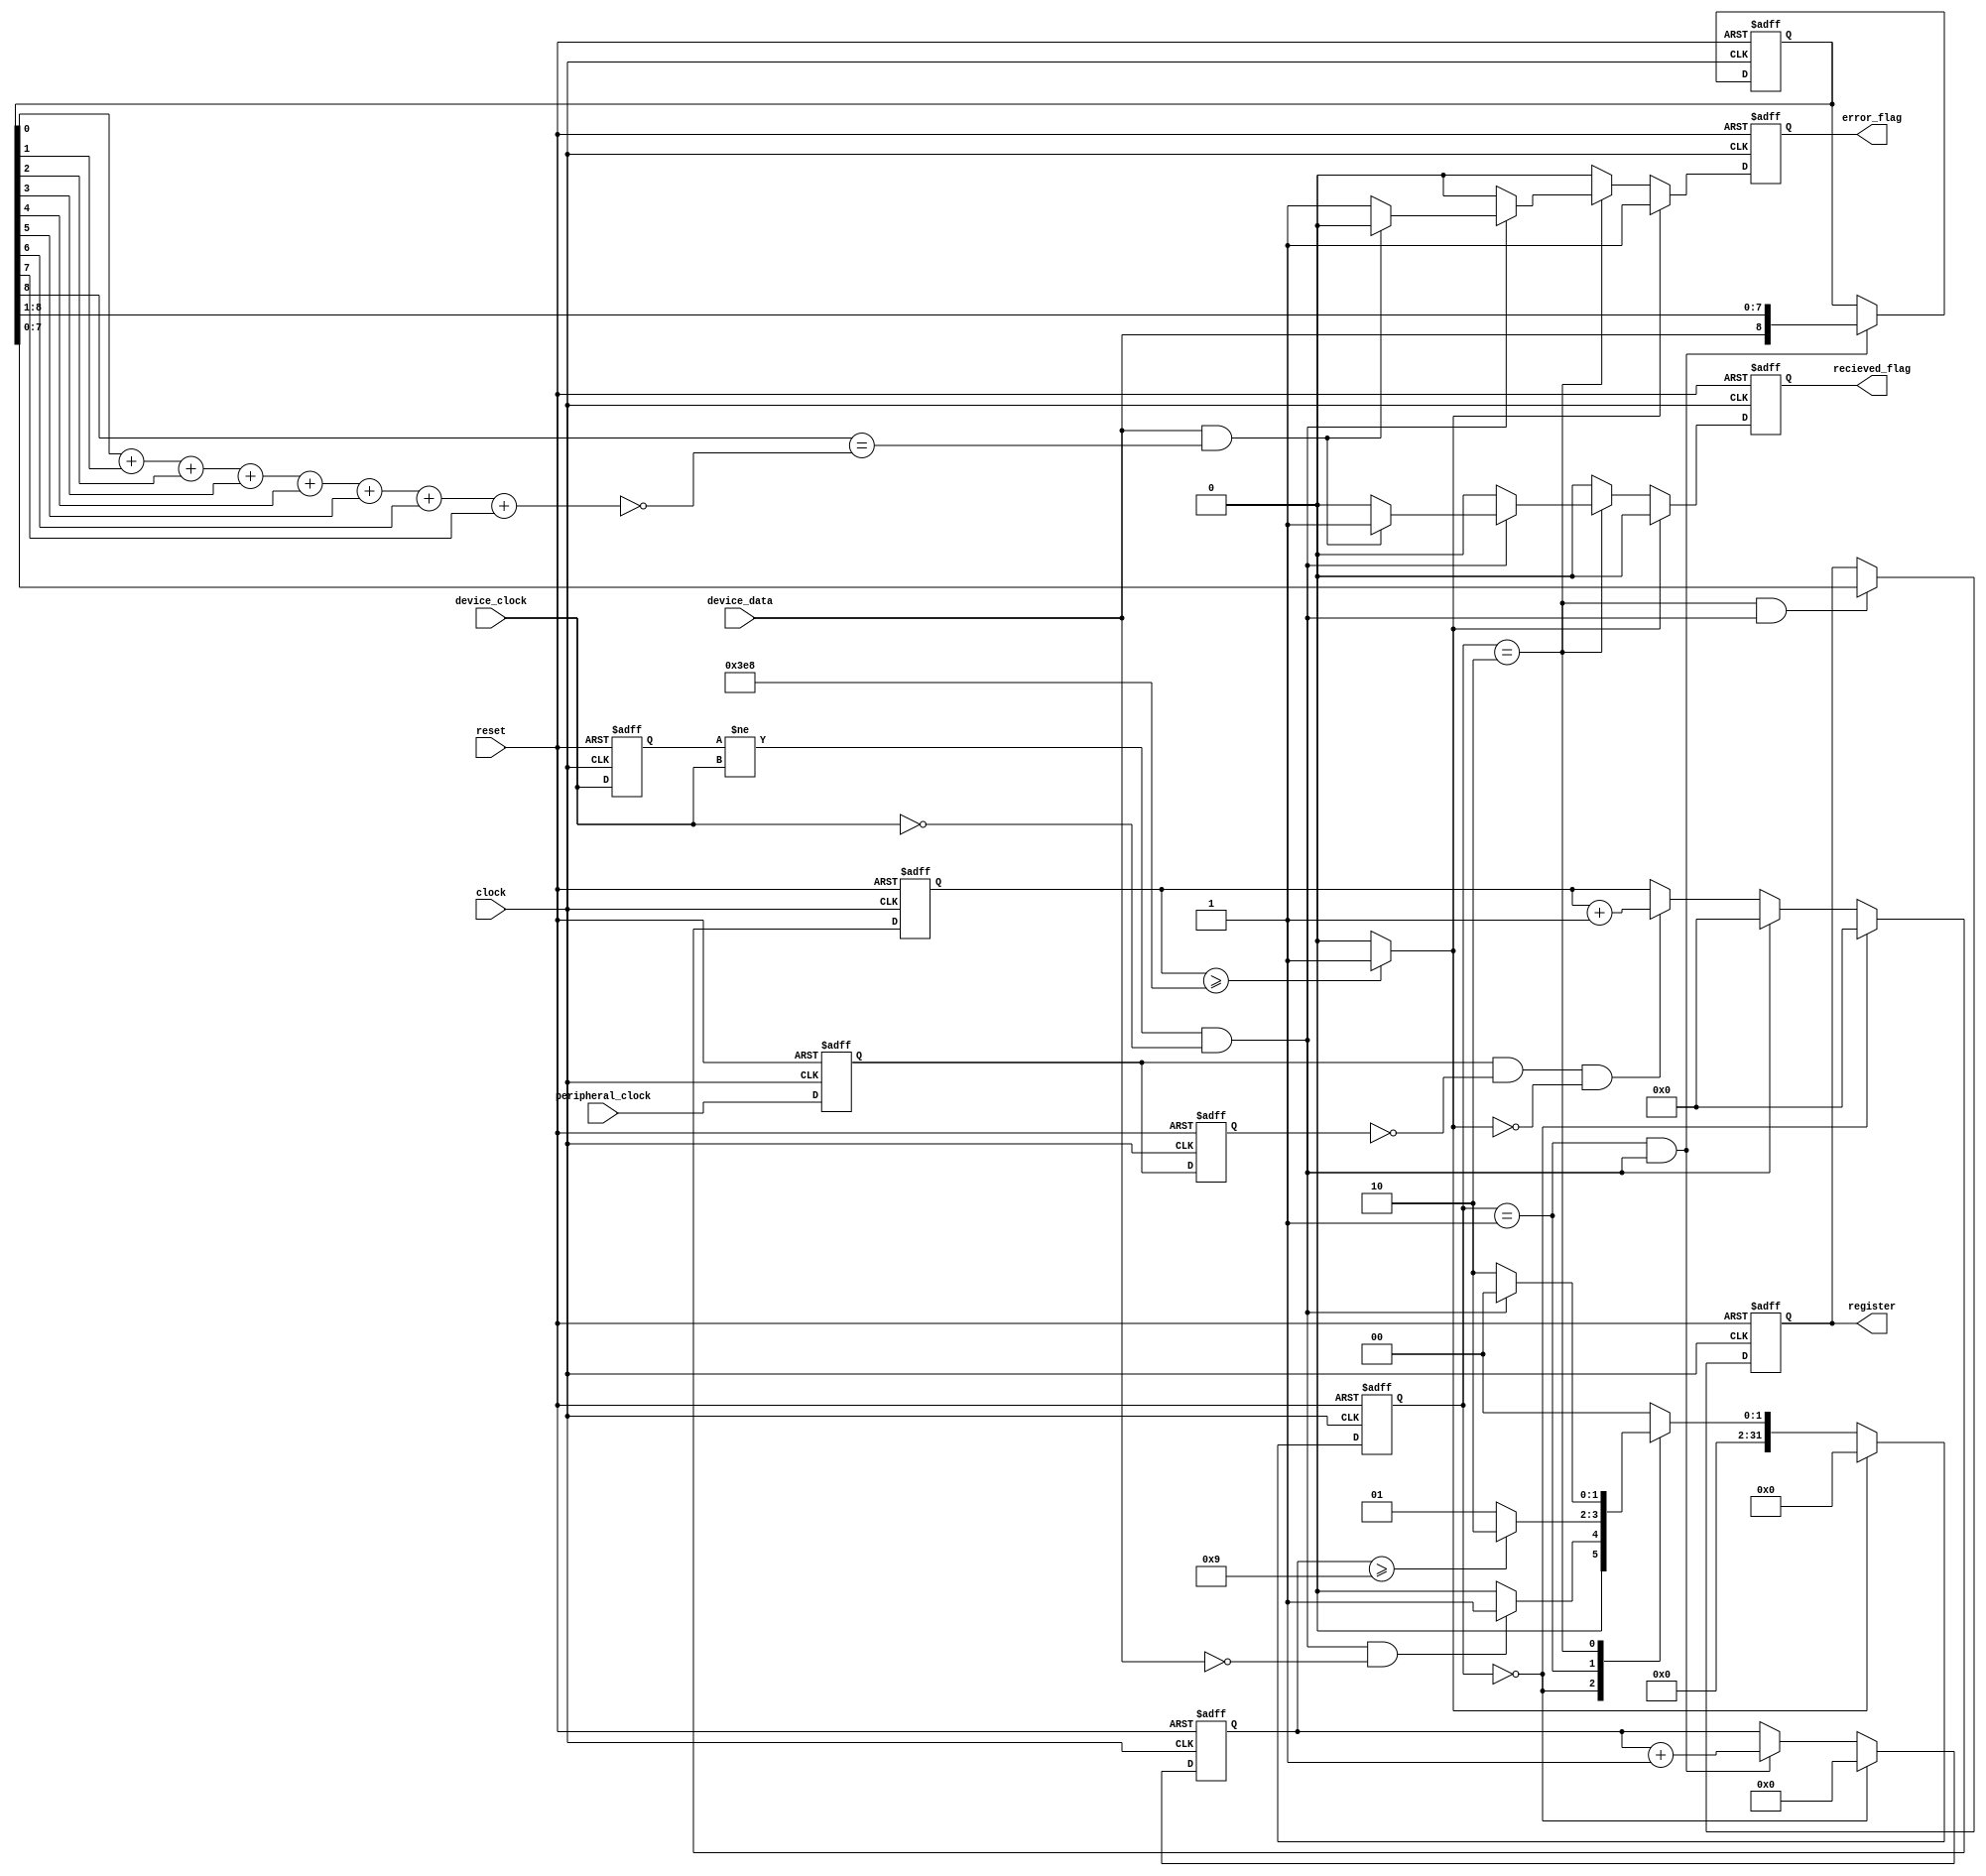
`default_nettype none

module KFPS2KB_Shift_Register (
	input wire clock,
	input		wire					peripheral_clock,
	input		wire					reset,
	input		wire					device_clock,
	input		wire					device_data,
	output	reg	[7:0]			register,
	output	reg					recieved_flag,
	output	reg					error_flag
	);
	parameter over_time = 16'd1000;
	reg prev_device_clock;
	wire device_clock_edge;
	reg [8:0] shift_register;
	reg [3:0] bit_count;
	wire parity_bit;
	reg [15:0] receiving_time;
	wire over_receiving_time;
	reg [31:0] next_state;
	reg [31:0] state;
	reg prev_p_clock_1;
	reg prev_p_clock_2;
	always @(posedge clock or posedge reset)
		if (reset) begin
			prev_p_clock_1 <= 1'b0;
			prev_p_clock_2 <= 1'b0;
		end
		else begin
			prev_p_clock_1 <= peripheral_clock;
			prev_p_clock_2 <= prev_p_clock_1;
		end
	wire p_clock_posedge = prev_p_clock_1 & ~prev_p_clock_2;
	always @(posedge clock or posedge reset)
		if (reset)
			prev_device_clock <= 1'b0;
		else
			prev_device_clock <= device_clock;
	assign device_clock_edge = (prev_device_clock != device_clock) & (device_clock == 1'b0);
	always @(posedge clock or posedge reset)
		if (reset)
			shift_register <= 9'b000000000;
		else if ((state == 32'd1) & device_clock_edge)
			shift_register <= {device_data, shift_register[8:1]};
		else
			shift_register <= shift_register;
	always @(posedge clock or posedge reset)
		if (reset)
			bit_count <= 4'b0000;
		else if (state == 32'd0)
			bit_count <= 4'b0000;
		else if ((state == 32'd1) & device_clock_edge)
			bit_count <= bit_count + 4'b0001;
		else
			bit_count <= bit_count;
	assign parity_bit = ~(((((((shift_register[0] + shift_register[1]) + shift_register[2]) + shift_register[3]) + shift_register[4]) + shift_register[5]) + shift_register[6]) + shift_register[7]);
	always @(posedge clock or posedge reset)
		if (reset)
			receiving_time <= 16'h0000;
		else if (state == 32'd0)
			receiving_time <= 16'h0000;
		else if (device_clock_edge)
			receiving_time <= 16'h0000;
		else if (p_clock_posedge && (over_receiving_time == 1'b0))
			receiving_time <= receiving_time + 16'h0001;
		else
			receiving_time <= receiving_time;
	assign over_receiving_time = (receiving_time >= over_time ? 1'b1 : 1'b0);
	always @(posedge clock or posedge reset)
		if (reset) begin
			recieved_flag <= 1'b0;
			error_flag <= 1'b0;
		end
		else if (over_receiving_time) begin
			recieved_flag <= 1'b0;
			error_flag <= 1'b1;
		end
		else if (state == 32'd2) begin
			if (device_clock_edge) begin
				if ((device_data == 1'b1) && (shift_register[8] == parity_bit)) begin
					recieved_flag <= 1'b1;
					error_flag <= 1'b0;
				end
				else begin
					recieved_flag <= 1'b0;
					error_flag <= 1'b1;
				end
			end
			else begin
				recieved_flag <= 1'b0;
				error_flag <= 1'b0;
			end
		end
		else begin
			recieved_flag <= 1'b0;
			error_flag <= 1'b0;
		end
	always @(posedge clock or posedge reset)
		if (reset)
			register <= 8'h00;
		else if ((state == 32'd2) && device_clock_edge)
			register <= shift_register[7:0];
		else
			register <= register;
	always @(*) begin
		next_state = 32'd0;
		case (state)
			32'd0:
				if (device_clock_edge && (device_data == 1'b0))
					next_state = 32'd1;
				else
					next_state = 32'd0;
			32'd1:
				if (bit_count >= 4'b1001)
					next_state = 32'd2;
				else
					next_state = 32'd1;
			32'd2:
				if (device_clock_edge)
					next_state = 32'd0;
				else
					next_state = 32'd2;
		endcase
		if (over_receiving_time)
			next_state = 32'd0;
	end
	always @(posedge clock or posedge reset)
		if (reset)
			state <= 32'd0;
		else
			state <= next_state;
endmodule